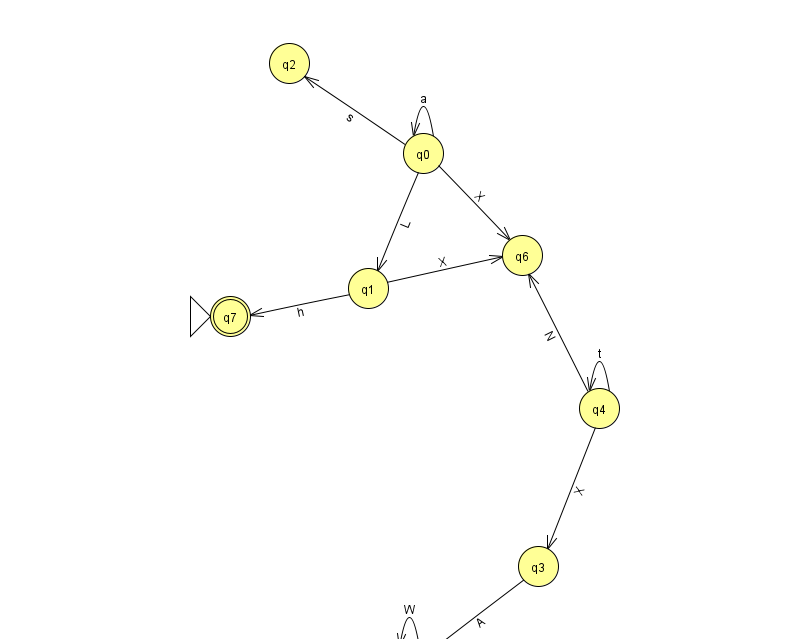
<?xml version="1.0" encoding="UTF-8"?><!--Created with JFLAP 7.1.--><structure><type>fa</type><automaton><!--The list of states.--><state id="0" name="q0"><x>423.0</x><y>140.0</y></state><state id="1" name="q1"><x>368.0</x><y>275.0</y></state><state id="2" name="q2"><x>289.0</x><y>50.0</y></state><state id="3" name="q3"><x>538.0</x><y>553.0</y></state><state id="4" name="q4"><x>599.0</x><y>395.0</y></state><state id="5" name="q5"><x>409.0</x><y>651.0</y></state><state id="6" name="q6"><x>522.0</x><y>242.0</y></state><state id="7" name="q7"><x>230.0</x><y>303.0</y><initial/><final/></state><!--The list of transitions.--><transition><from>0</from><to>0</to><read>a</read></transition><transition><from>0</from><to>2</to><read>s</read></transition><transition><from>4</from><to>3</to><read>X</read></transition><transition><from>4</from><to>4</to><read>t</read></transition><transition><from>5</from><to>5</to><read>W</read></transition><transition><from>4</from><to>6</to><read>N</read></transition><transition><from>0</from><to>1</to><read>L</read></transition><transition><from>0</from><to>6</to><read>X</read></transition><transition><from>1</from><to>6</to><read>X</read></transition><transition><from>3</from><to>5</to><read>A</read></transition><transition><from>1</from><to>7</to><read>h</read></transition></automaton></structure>